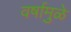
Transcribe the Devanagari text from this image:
वर्षामुळे